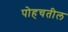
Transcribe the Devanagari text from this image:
पोहचतील